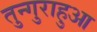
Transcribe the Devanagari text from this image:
तुन्गुराहुआ